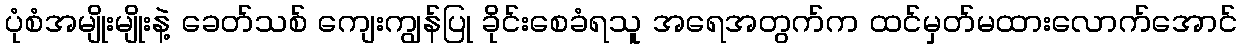
ပုံစံအမျိုးမျိုးနဲ့ ခေတ်သစ် ကျေးကျွန်ပြု ခိုင်းစေခံရသူ အရေအတွက်က ထင်မှတ်မထားလောက်အောင်